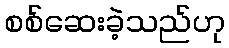
စစ်ဆေးခဲ့သည်ဟု